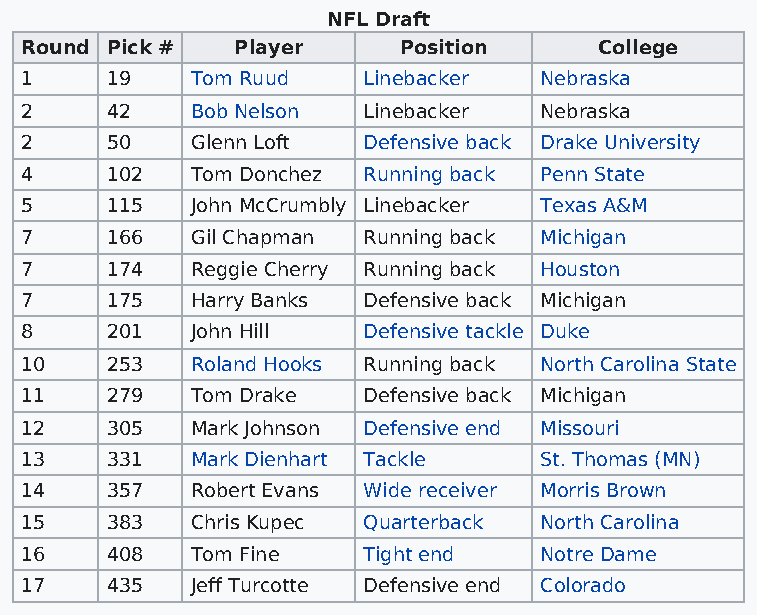
NFL Draft
 Round Pick #   Player    Position      College
 1     19    Tom Ruud   Linebacker  Nebraska
 2     42    Bob Nelson Linebacker  Nebraska
 2     50    Glenn Loft Defensive back Drake University
 4     102   Tom Donchez Running back Penn State
 5     115   John McCrumbly Linebacker Texas A&M
 7     166   Gil Chapman Running back Michigan
 7     174   Reggie Cherry Running back Houston
 7     175   Harry Banks Defensive back Michigan
 8     201   John Hill  Defensive tackle Duke
 10    253   Roland Hooks Running back North Carolina State
 11    279   Tom Drake  Defensive back Michigan
 12    305   Mark Johnson Defensive end Missouri
 13    331   Mark Dienhart Tackle   St. Thomas (MN)
 14    357   Robert Evans Wide receiver Morris Brown
 15    383   Chris Kupec Quarterback North Carolina
 16    408   Tom Fine   Tight end   Notre Dame
 17    435   Jeff Turcotte Defensive end Colorado